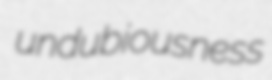
undubiousness